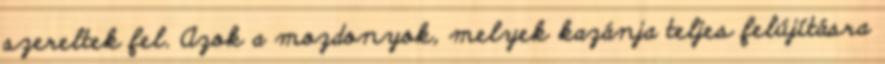
szereltek fel. Azok a mozdonyok, melyek kazánja teljes felújításra